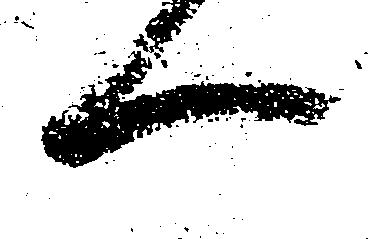
一